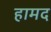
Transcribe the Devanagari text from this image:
हामद